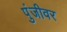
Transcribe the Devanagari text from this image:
पुंजीवर